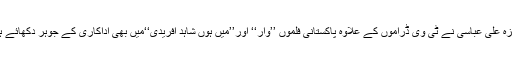
حمزہ علی عباسی نے ٹی وی ڈراموں کے علاوہ پاکستانی فلموں ’’وار‘‘ اور’’میں ہوں شاہد آفریدی‘‘میں بھی اداکاری کے جوہر دکھائے ہیں۔